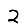
Digit: 2